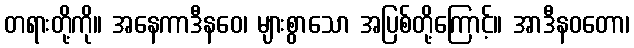
တရားတို့ကို။ အနေကာဒီနဝေ၊ များစွာသော အပြစ်တို့ကြောင့်။ အာဒီနဝတော၊